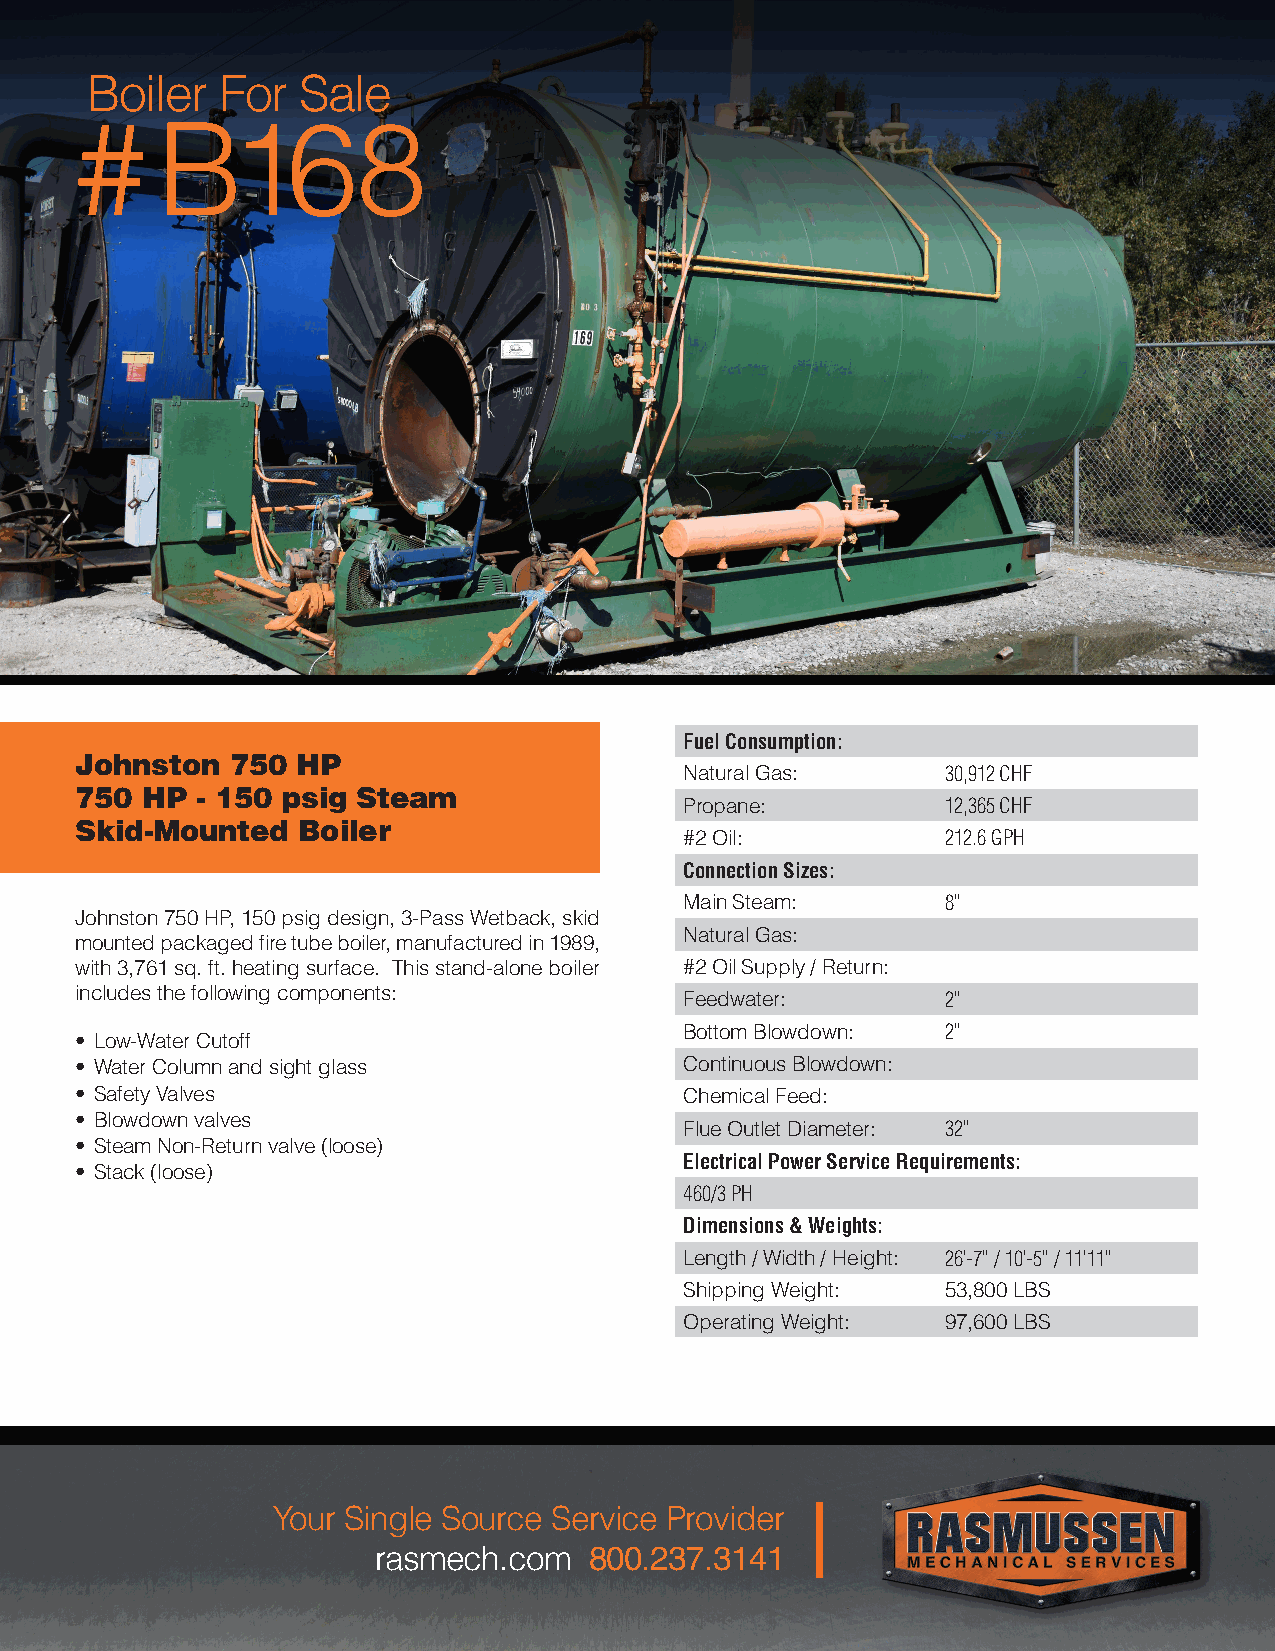
Boiler  For   Sale
 #    B168
 Fuel Consumption:
 Johnston  750  HP
 Natural Gas:      30,912 CHF
 750 HP  - 150 psig Steam
 Propane:          12,365 CHF
 Skid-Mounted   Boiler
 #2 Oil:           212.6 GPH
 Connection Sizes:
 Main Steam:       8”
 Johnston 750 HP, 150 psig design, 3-Pass Wetback, skid
 Natural Gas:
 mounted packaged fire tube boiler, manufactured in 1989,
 with 3,761 sq. ft. heating surface. This stand-alone boiler #2 Oil Supply / Return:
 includes the following components:
 Feedwater:        2”
 Bottom Blowdown:  2”
 • Low-Water Cutoff
 • Water Column and sight glass          Continuous Blowdown:
 • Safety Valves                         Chemical Feed:
 • Blowdown valves
 Flue Outlet Diameter: 32”
 • Steam Non-Return valve (loose)
 Electrical Power Service Requirements:
 • Stack (loose)
 460/3 PH
 Dimensions & Weights:
 Length / Width / Height: 26’-7” / 10’-5” / 11’11”
 Shipping Weight:  53,800 LBS
 Operating Weight: 97,600 LBS
 Your Single Source Service Provider
 rasmech.com   800.237.3141